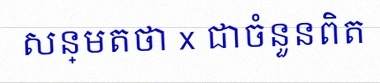
សន្មតថា x ជាចំនួនពិត